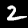
Digit: 2